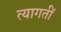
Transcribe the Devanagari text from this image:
त्यागतीं